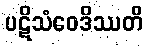
ပဋိသံဝေဒိဿတိ